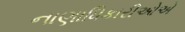
નાણાધિકારીઓએ